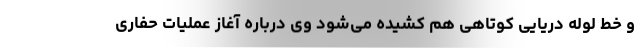
و خط لوله دریایی کوتاهی هم کشیده می‌شود وی درباره آغاز عملیات حفاری